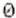
0